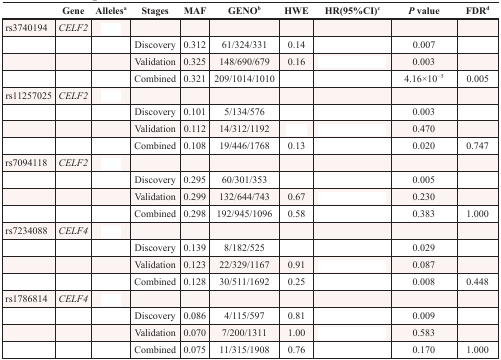
<table><thead><tr><td>[EMPTY_CELL]</td><td><b>Gene</b></td><td><b>Alleles<sup>a</sup></b></td><td><b>Stages</b></td><td><b>MAF</b></td><td><b>GENO<sup>b</sup></b></td><td><b>HWE</b></td><td><b>HR (95%CI)<sup>c</sup></b></td><td><b><i>P</i> value</b></td><td><b>FDR<sup>d</sup></b></td></tr></thead><tbody><tr><td>rs3740194</td><td><i>CELF2</i></td><td>[EMPTY_CELL]</td><td>[EMPTY_CELL]</td><td>[EMPTY_CELL]</td><td>[EMPTY_CELL]</td><td>[EMPTY_CELL]</td><td>[EMPTY_CELL]</td><td>[EMPTY_CELL]</td><td>[EMPTY_CELL]</td></tr><tr><td>[EMPTY_CELL]</td><td>[EMPTY_CELL]</td><td>[EMPTY_CELL]</td><td>Discovery</td><td>0.312</td><td>61/324/331</td><td>0.14</td><td>[EMPTY_CELL]</td><td>0.007</td><td>[EMPTY_CELL]</td></tr><tr><td>[EMPTY_CELL]</td><td>[EMPTY_CELL]</td><td>[EMPTY_CELL]</td><td>Validation</td><td>0.325</td><td>148/690/679</td><td>0.16</td><td>[EMPTY_CELL]</td><td>0.003</td><td>[EMPTY_CELL]</td></tr><tr><td>[EMPTY_CELL]</td><td>[EMPTY_CELL]</td><td>[EMPTY_CELL]</td><td>Combined</td><td>0.321</td><td>209/1014/1010</td><td>[EMPTY_CELL]</td><td>[EMPTY_CELL]</td><td>4.16 × 10<sup>−5</sup></td><td>0.005</td></tr><tr><td>rs11257025</td><td><i>CELF2</i></td><td>[EMPTY_CELL]</td><td>[EMPTY_CELL]</td><td>[EMPTY_CELL]</td><td>[EMPTY_CELL]</td><td>[EMPTY_CELL]</td><td>[EMPTY_CELL]</td><td>[EMPTY_CELL]</td><td>[EMPTY_CELL]</td></tr><tr><td>[EMPTY_CELL]</td><td>[EMPTY_CELL]</td><td>[EMPTY_CELL]</td><td>Discovery</td><td>0.101</td><td>5/134/576</td><td>[EMPTY_CELL]</td><td>[EMPTY_CELL]</td><td>0.003</td><td>[EMPTY_CELL]</td></tr><tr><td>[EMPTY_CELL]</td><td>[EMPTY_CELL]</td><td>[EMPTY_CELL]</td><td>Validation</td><td>0.112</td><td>14/312/1192</td><td>[EMPTY_CELL]</td><td>[EMPTY_CELL]</td><td>0.470</td><td>[EMPTY_CELL]</td></tr><tr><td>[EMPTY_CELL]</td><td>[EMPTY_CELL]</td><td>[EMPTY_CELL]</td><td>Combined</td><td>0.108</td><td>19/446/1768</td><td>0.13</td><td>[EMPTY_CELL]</td><td>0.020</td><td>0.747</td></tr><tr><td>rs7094118</td><td><i>CELF2</i></td><td>[EMPTY_CELL]</td><td>[EMPTY_CELL]</td><td>[EMPTY_CELL]</td><td>[EMPTY_CELL]</td><td>[EMPTY_CELL]</td><td>[EMPTY_CELL]</td><td>[EMPTY_CELL]</td><td>[EMPTY_CELL]</td></tr><tr><td>[EMPTY_CELL]</td><td>[EMPTY_CELL]</td><td>[EMPTY_CELL]</td><td>Discovery</td><td>0.295</td><td>60/301/353</td><td>[EMPTY_CELL]</td><td>[EMPTY_CELL]</td><td>0.005</td><td>[EMPTY_CELL]</td></tr><tr><td>[EMPTY_CELL]</td><td>[EMPTY_CELL]</td><td>[EMPTY_CELL]</td><td>Validation</td><td>0.299</td><td>132/644/743</td><td>0.67</td><td>[EMPTY_CELL]</td><td>0.230</td><td>[EMPTY_CELL]</td></tr><tr><td>[EMPTY_CELL]</td><td>[EMPTY_CELL]</td><td>[EMPTY_CELL]</td><td>Combined</td><td>0.298</td><td>192/945/1096</td><td>0.58</td><td>[EMPTY_CELL]</td><td>0.383</td><td>1.000</td></tr><tr><td>rs7234088</td><td><i>CELF4</i></td><td>[EMPTY_CELL]</td><td>[EMPTY_CELL]</td><td>[EMPTY_CELL]</td><td>[EMPTY_CELL]</td><td>[EMPTY_CELL]</td><td>[EMPTY_CELL]</td><td>[EMPTY_CELL]</td><td>[EMPTY_CELL]</td></tr><tr><td>[EMPTY_CELL]</td><td>[EMPTY_CELL]</td><td>[EMPTY_CELL]</td><td>Discovery</td><td>0.139</td><td>8/182/525</td><td>[EMPTY_CELL]</td><td>[EMPTY_CELL]</td><td>0.029</td><td>[EMPTY_CELL]</td></tr><tr><td>[EMPTY_CELL]</td><td>[EMPTY_CELL]</td><td>[EMPTY_CELL]</td><td>Validation</td><td>0.123</td><td>22/329/1167</td><td>0.91</td><td>[EMPTY_CELL]</td><td>0.087</td><td>[EMPTY_CELL]</td></tr><tr><td>[EMPTY_CELL]</td><td>[EMPTY_CELL]</td><td>[EMPTY_CELL]</td><td>Combined</td><td>0.128</td><td>30/511/1692</td><td>0.25</td><td>[EMPTY_CELL]</td><td>0.008</td><td>0.448</td></tr><tr><td>rs1786814</td><td><i>CELF4</i></td><td>[EMPTY_CELL]</td><td>[EMPTY_CELL]</td><td>[EMPTY_CELL]</td><td>[EMPTY_CELL]</td><td>[EMPTY_CELL]</td><td>[EMPTY_CELL]</td><td>[EMPTY_CELL]</td><td>[EMPTY_CELL]</td></tr><tr><td>[EMPTY_CELL]</td><td>[EMPTY_CELL]</td><td>[EMPTY_CELL]</td><td>Discovery</td><td>0.086</td><td>4/115/597</td><td>0.81</td><td>[EMPTY_CELL]</td><td>0.009</td><td>[EMPTY_CELL]</td></tr><tr><td>[EMPTY_CELL]</td><td>[EMPTY_CELL]</td><td>[EMPTY_CELL]</td><td>Validation</td><td>0.070</td><td>7/200/1311</td><td>1.00</td><td>[EMPTY_CELL]</td><td>0.583</td><td>[EMPTY_CELL]</td></tr><tr><td>[EMPTY_CELL]</td><td>[EMPTY_CELL]</td><td>[EMPTY_CELL]</td><td>Combined</td><td>0.075</td><td>11/315/1908</td><td>0.76</td><td>[EMPTY_CELL]</td><td>0.170</td><td>1.000</td></tr></tbody></table>